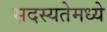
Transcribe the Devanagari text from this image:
सदस्यतेमध्ये